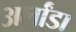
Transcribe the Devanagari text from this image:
अर्लांडा